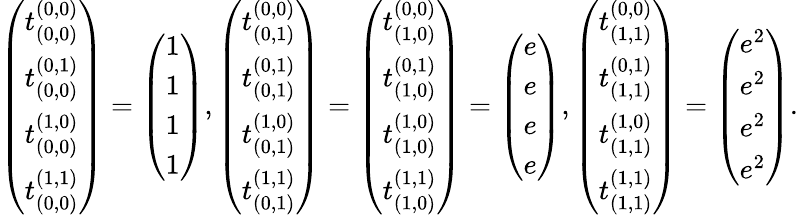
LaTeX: \left(\begin{array}{c}{t_{(0,0)}^{(0,0)}}\\ {t_{(0,0)}^{(0,1)}}\\ {t_{(0,0)}^{(1,0)}}\\ {t_{(0,0)}^{(1,1)}}\end{array}\right)=\left(\begin{array}{c}{1}\\ {1}\\ {1}\\ {1}\end{array}\right),\left(\begin{array}{c}{t_{(0,1)}^{(0,0)}}\\ {t_{(0,1)}^{(0,1)}}\\ {t_{(0,1)}^{(1,0)}}\\ {t_{(0,1)}^{(1,1)}}\end{array}\right)=\left(\begin{array}{c}{t_{(1,0)}^{(0,0)}}\\ {t_{(1,0)}^{(0,1)}}\\ {t_{(1,0)}^{(1,0)}}\\ {t_{(1,0)}^{(1,1)}}\end{array}\right)=\left(\begin{array}{c}{e}\\ {e}\\ {e}\\ {e}\end{array}\right),\left(\begin{array}{c}{t_{(1,1)}^{(0,0)}}\\ {t_{(1,1)}^{(0,1)}}\\ {t_{(1,1)}^{(1,0)}}\\ {t_{(1,1)}^{(1,1)}}\end{array}\right)=\left(\begin{array}{c}{e^{2}}\\ {e^{2}}\\ {e^{2}}\\ {e^{2}}\end{array}\right).